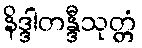
နိဒ္ဒါတန္ဒီသုတ္တံ